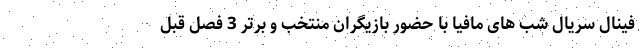
فینال سریال شب های مافیا با حضور بازیگران منتخب و برتر 3 فصل قبل